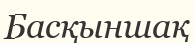
Басқыншақ